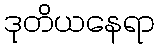
ဒုတိယနေရာ